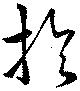
於